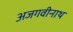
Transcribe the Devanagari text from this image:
अजगवीनाथ